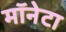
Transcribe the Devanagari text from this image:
मॉनेटा